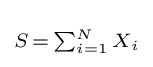
\scriptstyle S\,=\,\sum _{i=1}^{N}X_{i}